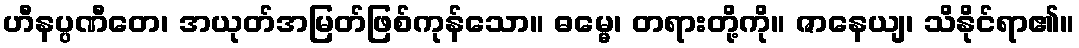
ဟီနပ္ပဏီတေ၊ အယုတ်အမြတ်ဖြစ်ကုန်သော။ ဓမ္မေ၊ တရားတို့ကို။ ဇာနေယျ၊ သိနိုင်ရာ၏။